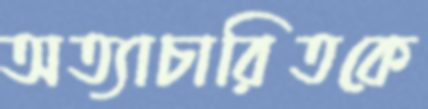
অত্যাচারিতকে